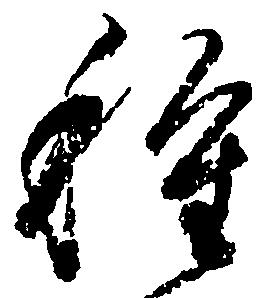
種